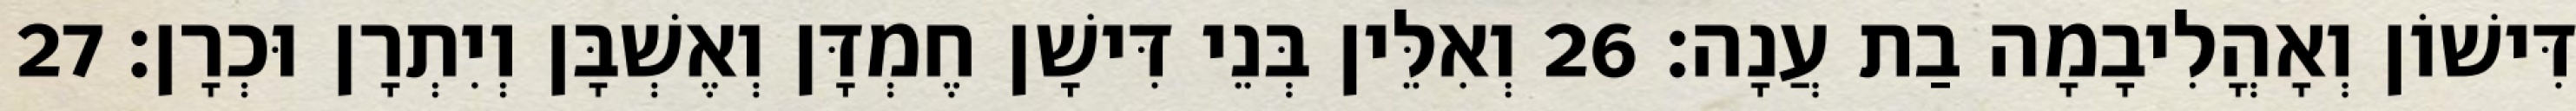
דִּישׁוֹן וְאָהֳלִיבָמָה בַת עֲנָה׃ 26 וְאִלֵּין בְּנֵי דִּישָׁן חֶמְדָּן וְאֶשְׁבָּן וְיִתְרָן וּכְרָן׃ 27